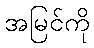
အမြင်ကို